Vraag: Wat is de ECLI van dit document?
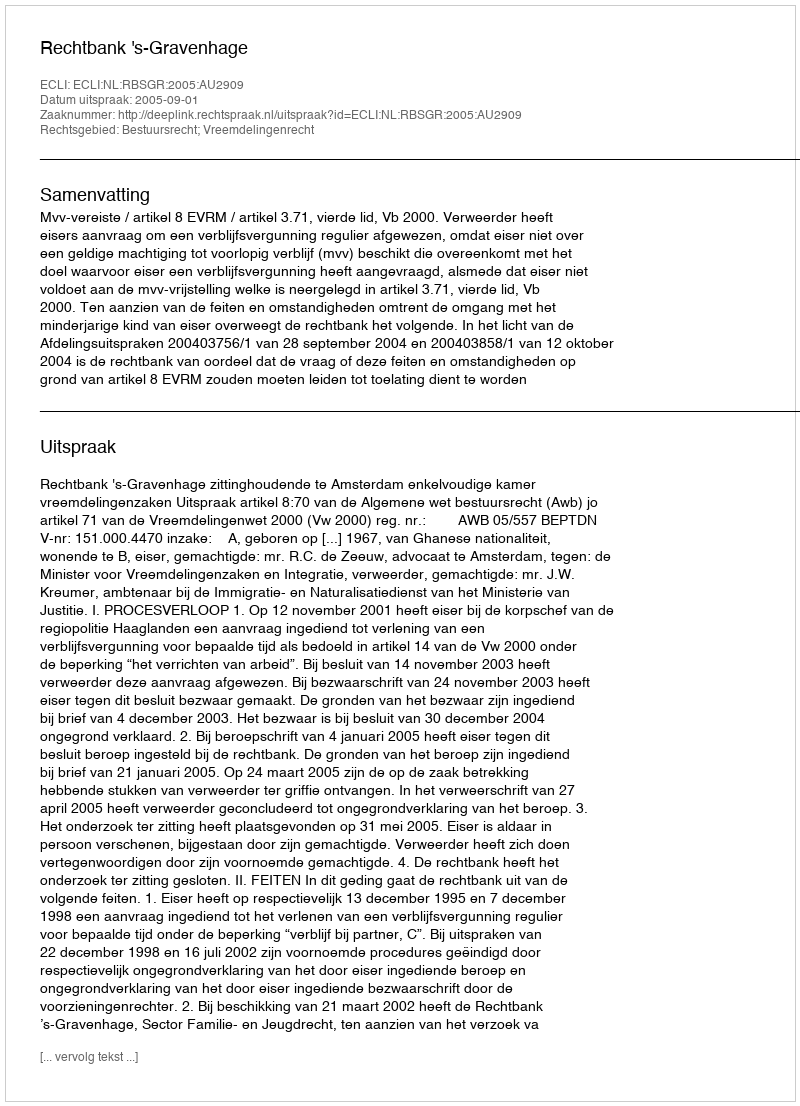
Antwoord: ECLI:NL:RBSGR:2005:AU2909